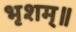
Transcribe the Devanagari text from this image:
भृशम्॥